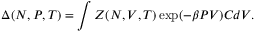
\Delta ( N , P , T ) = \int Z ( N , V , T ) \exp ( - \beta P V ) C d V . \,